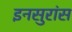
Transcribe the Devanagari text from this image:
इनसुरांस